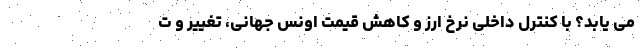
می یابد؟ با کنترل داخلی نرخ ارز و کاهش قیمت اونس جهانی، تغییر و ت